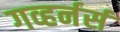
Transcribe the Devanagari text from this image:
गव्हर्नर्स